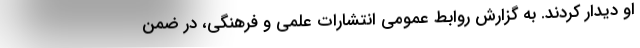
او دیدار کردند. به گزارش روابط عمومی انتشارات علمی و فرهنگی، در ضمن